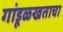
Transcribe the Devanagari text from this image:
गांडूळखताचा